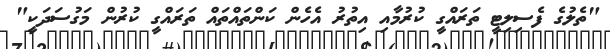
"ތެލުގެ ފެސިލިޓީ ތަރައްގީ ކުރުމާއި އިތުރު އެހެން ކަންތައްތައް ތަަރައްގީ ކުރުން މަގުސަދަކީ"